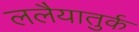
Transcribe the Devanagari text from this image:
ललैयातुर्क